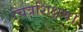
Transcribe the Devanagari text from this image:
चित्रशिक्षण।